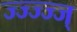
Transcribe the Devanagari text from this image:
ज्ज्ज्ज्ज्